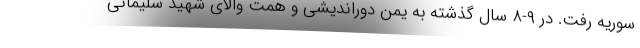
سوریه رفت. در ۹-۸ سال گذشته به یمن دوراندیشی و همت والای شهید سلیمانی